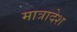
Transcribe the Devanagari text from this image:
मात्रादेश